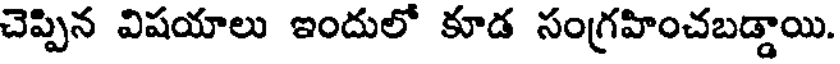
చెప్పిన విషయాలు ఇందులో కూడ సంగ్రహించబడ్డాయి.